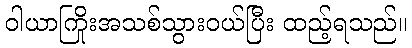
ဝါယာကြိုးအသစ်သွားဝယ်ပြီး ထည့်ရသည်။